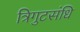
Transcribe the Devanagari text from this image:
त्रिगुटसंधि